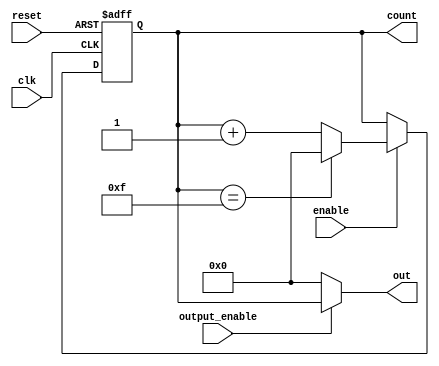
module SynchronousCounter (
    input wire clk,          // Clock input
    input wire reset,        // Asynchronous reset input
    input wire enable,       // Enable input
    input wire output_enable, // Output enable signal
    output reg [3:0] count,  // 4-bit counter output
    output reg [3:0] out     // Output based on control logic
);

// On the rising edge of the clock
always @(posedge clk or posedge reset) begin
    if (reset) begin
        count <= 4'b0000;   // Asynchronous reset to zero
    end else if (enable) begin
        if (count == 4'b1111) begin
            count <= 4'b0000; // Wrap around to 0
        end else begin
            count <= count + 1; // Increment the counter
        end
    end
end

// Output control logic
always @(*) begin
    if (output_enable) begin
        out = count;           // Output current count if enabled
    end else begin
        out = 4'b0000;         // Output zero if not enabled
    end
end

endmodule